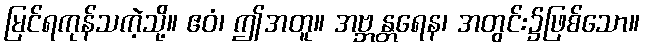
မြင်ရကုန်သကဲ့သို့။ ဧဝံ၊ ဤအတူ။ အဗ္ဘန္တရေန၊ အတွင်း၌ဖြစ်သော။